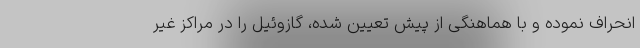
انحراف نموده و با هماهنگی از پیش تعیین شده، گازوئیل را در مراکز غیر